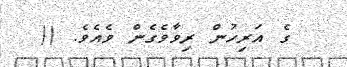
ގެ އަރިހުން ރިވާވެގެން ވެއެވެ. ((